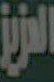
الرزي